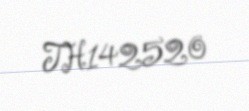
TH142520